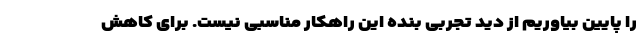
را پایین بیاوریم از دید تجربی بنده این راهکار مناسبی نیست. برای کاهش